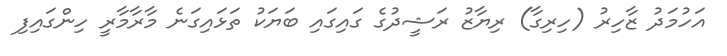
އަހުމަދު ޒާހިރު (ހިރިގާ) ރިޔާޒު ރަޝީދުގެ ގައިގައި ބަޔަކު ތަޅައިގަނެ މާރާމާރީ ހިންގައިފި